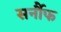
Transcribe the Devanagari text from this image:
सर्नौफ